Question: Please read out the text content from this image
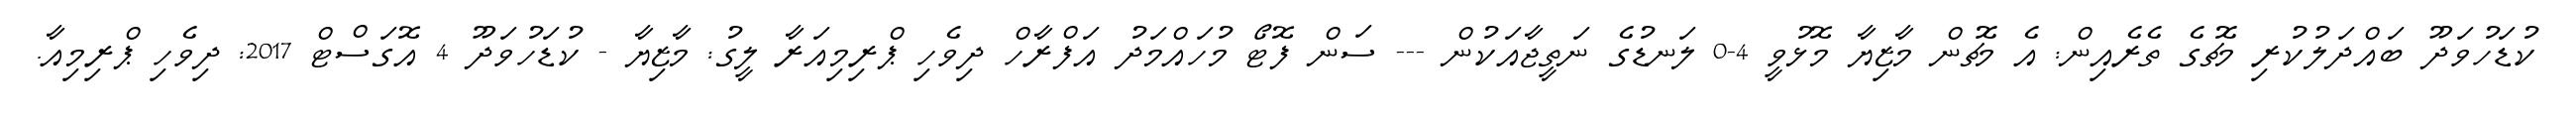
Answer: ކުޑަހުވަދޫ ބައްދަލުކުރި މެޗުގެ ތެރެއިން: އެ މެޗުން މާޒިޔާ މޮޅުވީ 4-0 ލަނޑުގެ ނަތީޖާއަކުން --- ސަން ފޮޓޯ މުހައްމަދު އަފްރާހް ދިވެހި ޕްރިމިއަރާ ލީގު: މާޒިޔާ - ކުޑަހުވަދޫ 4 އޮގަސްޓް 2017: ދިވެހި ޕްރިމިއާ.